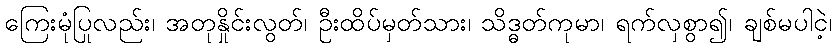
ကြေးမုံပြုလည်း၊ အတုနှိုင်းလွတ်၊ ဦးထိပ်မှတ်သား၊ သိဒ္ဓတ်ကုမာ၊ ရက်လှစွာ၍၊ ချစ်မပါငဲ့၊